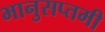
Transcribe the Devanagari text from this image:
भानुसप्तमी